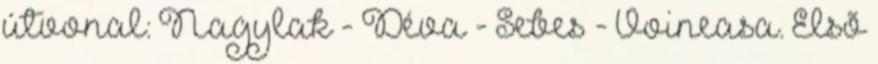
útvonal: Nagylak - Déva - Sebes - Voineasa. Elsõ